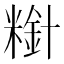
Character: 𫃋